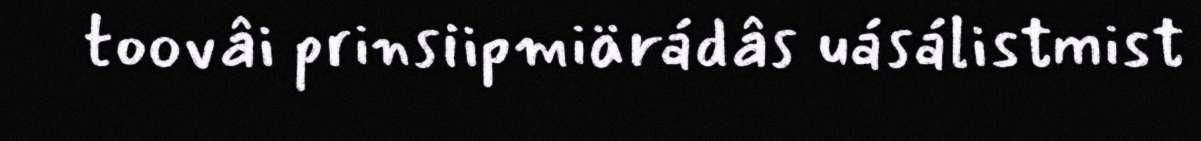
toovâi prinsiipmiärádâs uásálistmist